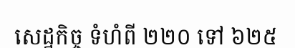
សេដ្ឋកិច្ច ទំហំពី ២២០ ទៅ ៦២៥